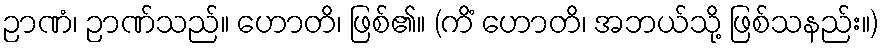
ဉာဏံ၊ ဉာဏ်သည်။ ဟောတိ၊ ဖြစ်၏။ (ကိံ ဟောတိ၊ အဘယ်သို့ ဖြစ်သနည်း။)